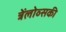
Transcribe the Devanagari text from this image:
त्रेंलोव्सकी